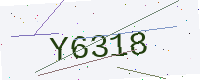
Text: Y6318